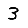
Digit: 3